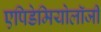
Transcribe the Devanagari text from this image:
एपिडेमियोलॉजी